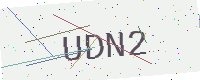
Text: UDN2